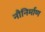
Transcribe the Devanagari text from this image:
नौनिर्माण